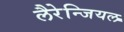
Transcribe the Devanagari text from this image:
लैरेन्जियल